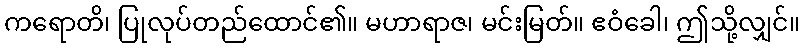
ကရောတိ၊ ပြုလုပ်တည်ထောင်၏။ မဟာရာဇ၊ မင်းမြတ်။ ဧဝံခေါ၊ ဤသို့လျှင်။